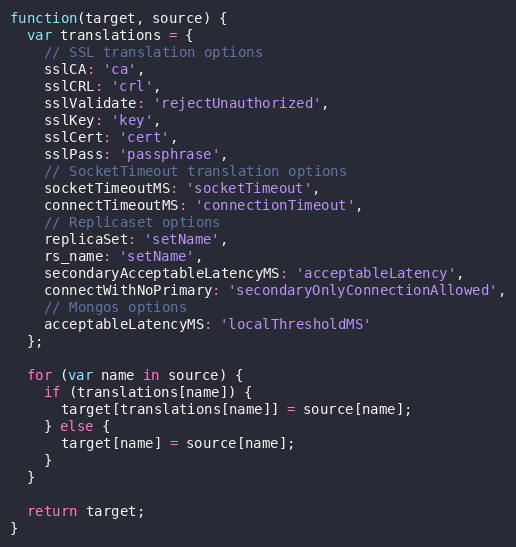
Language: JavaScript
function(target, source) {
  var translations = {
    // SSL translation options
    sslCA: 'ca',
    sslCRL: 'crl',
    sslValidate: 'rejectUnauthorized',
    sslKey: 'key',
    sslCert: 'cert',
    sslPass: 'passphrase',
    // SocketTimeout translation options
    socketTimeoutMS: 'socketTimeout',
    connectTimeoutMS: 'connectionTimeout',
    // Replicaset options
    replicaSet: 'setName',
    rs_name: 'setName',
    secondaryAcceptableLatencyMS: 'acceptableLatency',
    connectWithNoPrimary: 'secondaryOnlyConnectionAllowed',
    // Mongos options
    acceptableLatencyMS: 'localThresholdMS'
  };

  for (var name in source) {
    if (translations[name]) {
      target[translations[name]] = source[name];
    } else {
      target[name] = source[name];
    }
  }

  return target;
}